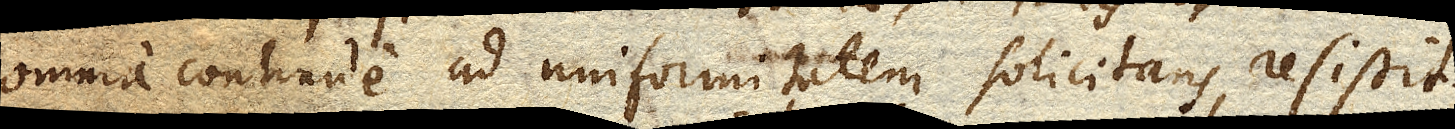
omnia continue ad uniformitatem solicitans resistit.